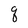
Character: q